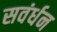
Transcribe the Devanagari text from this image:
सवंर्धन